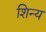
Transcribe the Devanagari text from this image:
शिन्य